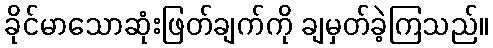
ခိုင်မာသောဆုံးဖြတ်ချက်ကို ချမှတ်ခဲ့ကြသည်။